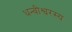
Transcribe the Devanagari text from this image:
धन्वीश्वरस्य